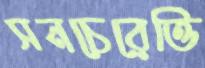
সনচেরেত্তি